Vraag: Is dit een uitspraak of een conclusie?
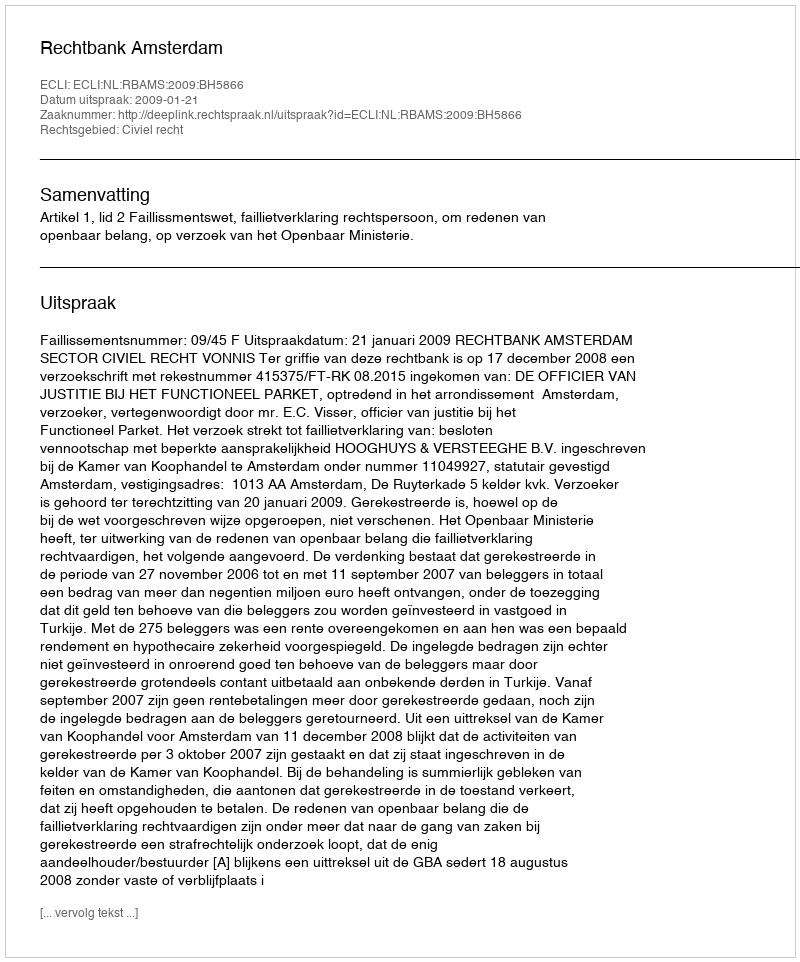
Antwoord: Uitspraak